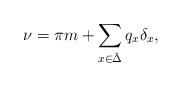
LaTeX: \begin{align*} \nu = \pi m + \sum_{x \in \hat{\Delta}} q_x \delta_x,\end{align*}